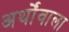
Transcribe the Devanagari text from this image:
अर्थोंवाला